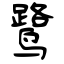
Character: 鹭